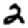
Digit: 2